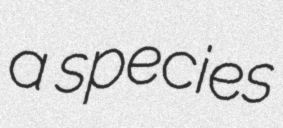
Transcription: a species